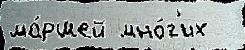
ма́ршей мно́г'их